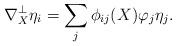
LaTeX: \begin{align*} \nabla_X^\perp\eta_i=\sum_{j}\phi_{ij}(X)\varphi_j\eta_j.\end{align*}